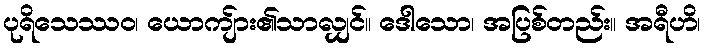
ပုရိသေဿဝ၊ ယောကျ်ား၏သာလျှင်။ ဒေါသော၊ အပြစ်တည်း။ အရီဟိ၊